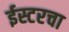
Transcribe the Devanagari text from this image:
ईस्टरचा